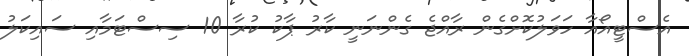
އެސްޓީއޯއާ ހަވަލުކޮށްގެން ރާއްޖެ ގެންނަނީ ކާރު ޕާކު ކުރާ 10 ސިސްޓަމާއި ސައިކަލު